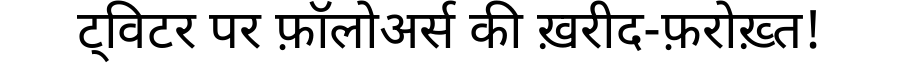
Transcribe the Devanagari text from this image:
ट्विटर पर फ़ॉलोअर्स की ख़रीद-फ़रोख़्त!